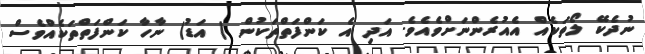
ނުދެކޭ ލޯތަކެއް އެއުރެންނަށްވެއެވެ. އަދި އެ ކަންފަތްތަކުން ( އަޑު) ނާހާ ކަންފަތްތަކެއްވެސް